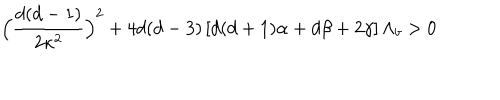
LaTeX: \Big ( \frac { d ( d - 1 ) } { 2 \kappa ^ { 2 } } \Big ) ^ { 2 } + 4 d ( d - 3 ) \left[ d ( d + 1 ) \alpha + d \beta + 2 \gamma \right] \Lambda _ { b } > 0